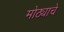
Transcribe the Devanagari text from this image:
मोठ्याचे